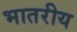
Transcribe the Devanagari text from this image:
भातरीय